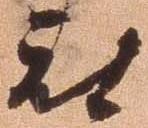
被